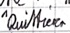
Text: "Quittieren"